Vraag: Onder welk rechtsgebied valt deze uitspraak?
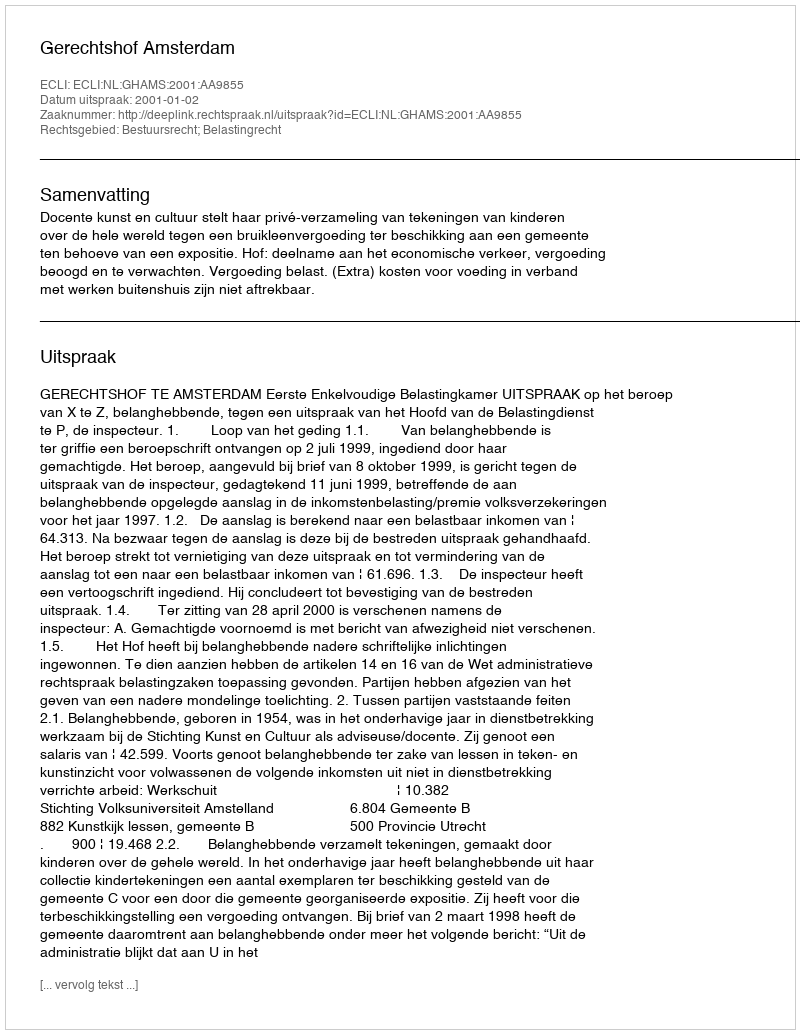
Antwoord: Bestuursrecht; Belastingrecht